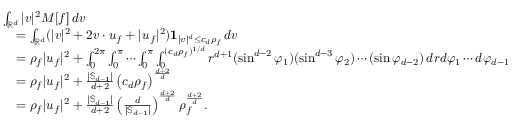
\begin{array} { r l } & { \int _ { \mathbb { R } ^ { d } } | v | ^ { 2 } M [ f ] \, d v } \\ & { \quad = \int _ { \mathbb { R } ^ { d } } ( | v | ^ { 2 } + 2 v \cdot u _ { f } + | u _ { f } | ^ { 2 } ) \mathbf { 1 } _ { | v | ^ { d } \le c _ { d } \rho _ { f } } \, d v } \\ & { \quad = \rho _ { f } | u _ { f } | ^ { 2 } + \int _ { 0 } ^ { 2 \pi } \int _ { 0 } ^ { \pi } \cdots \int _ { 0 } ^ { \pi } \int _ { 0 } ^ { ( c _ { d } \rho _ { f } ) ^ { 1 / d } } r ^ { d + 1 } ( \sin ^ { d - 2 } \varphi _ { 1 } ) ( \sin ^ { d - 3 } \varphi _ { 2 } ) \cdots ( \sin \varphi _ { d - 2 } ) \, d r d \varphi _ { 1 } \cdots d \varphi _ { d - 1 } } \\ & { \quad = \rho _ { f } | u _ { f } | ^ { 2 } + \frac { \left| \mathbb { S } _ { d - 1 } \right| } { d + 2 } \left( c _ { d } \rho _ { f } \right) ^ { \frac { d + 2 } { d } } } \\ & { \quad = \rho _ { f } | u _ { f } | ^ { 2 } + \frac { \left| \mathbb { S } _ { d - 1 } \right| } { d + 2 } \left( \frac { d } { \left| \mathbb { S } _ { d - 1 } \right| } \right) ^ { \frac { d + 2 } { d } } \rho _ { f } ^ { \frac { d + 2 } { d } } . } \end{array}